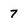
Character: 7